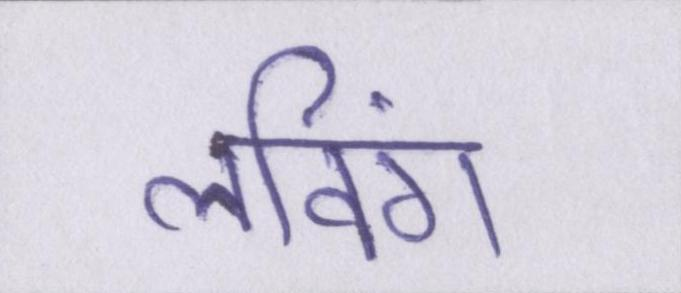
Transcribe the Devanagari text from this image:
लविंग